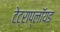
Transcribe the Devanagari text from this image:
टेट्राप्लॉयड